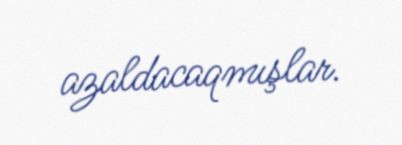
azaldacaqmışlar.